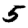
Digit: 5